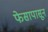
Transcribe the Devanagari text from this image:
फेसापासून